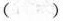
( )